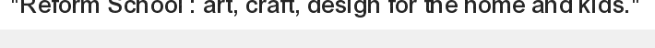
"Reform School : art, craft, design for the home and kids."